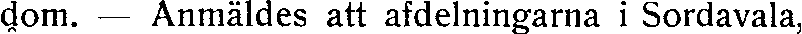
dom. — Anmäldes att afdelningarna i Sordavala,